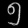
Digit: ၅